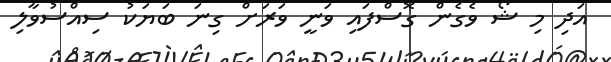
އަދި މި ޝޯ ވެގެން ގޮސްފައި ވަނީ ވަރަށް ގިނަ ބަޔަކު ސިއްސުވާލި